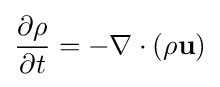
{\frac {\partial \rho }{\partial t}}=-\nabla \cdot (\rho \mathbf {u} )